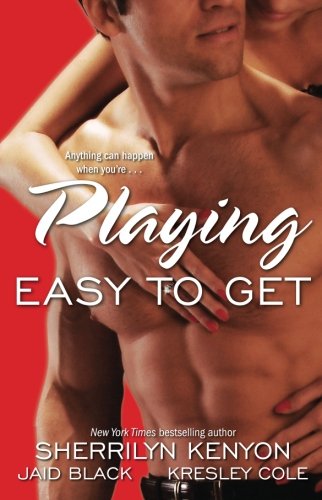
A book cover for Playing Easy to Get; Kresley Cole; Romance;